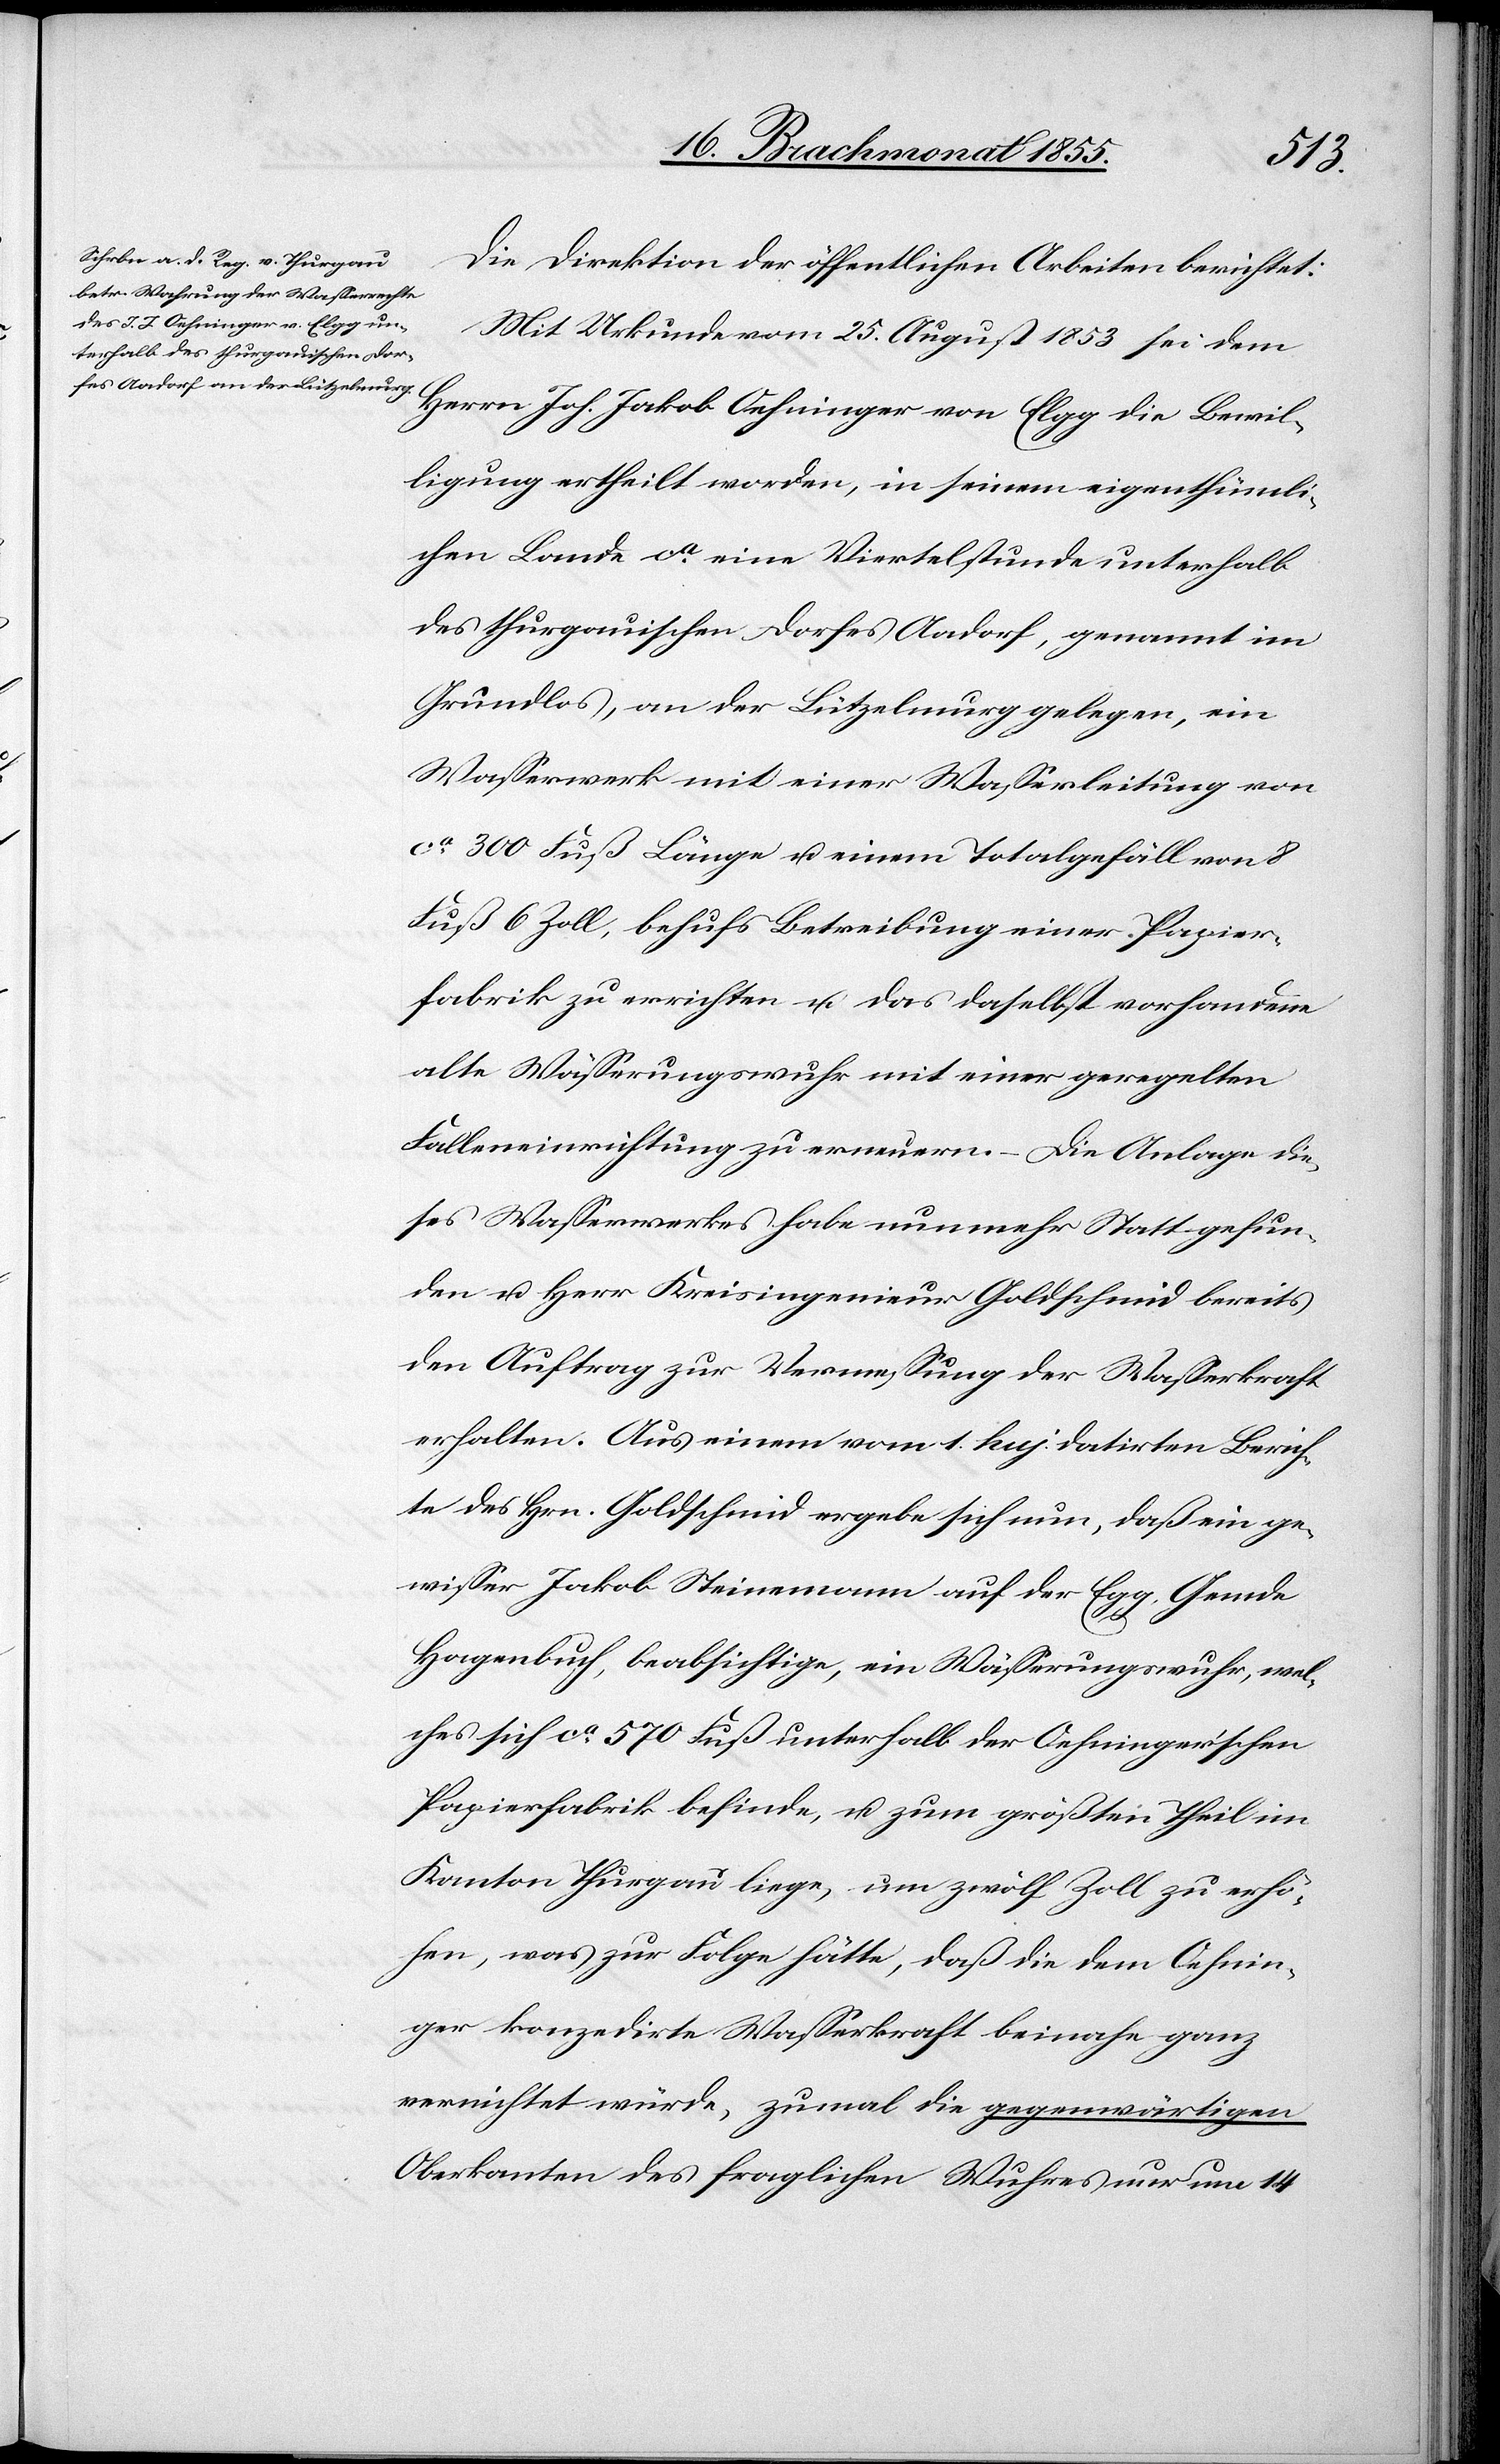
Die Direktion der öffentlichen Arbeiten berichtet:
Mit Urkunde vom 25. August 1853 sei dem
Herrn Joh. Jakob Oehninger von Elgg die Bewil¬
ligung ertheilt worden, in seinem eigenthümli¬
chen Lande ca. eine Viertelstunde unterhalb
des thurgauischen Dorfes Aadorf, genannt im
Grundlos, an der Lützelmurg gelegen, ein
Wasserwerk mit einer Wasserleitung von
ca. 300 Fuß Länge u. einem Totalgefäll von 8
Fuß 6 Zoll, behufs Betreibung einer Papier¬
fabrik zu errichten u. das daselbst vorhandene
alte Wässerungswuhr mit einer geregelten
Falleneinrichtung zu erneuern. – Die Anlage die¬
ses Wasserwerkes habe nunmehr Statt gefun¬
den u. Herr Kreisingenieur Goldschmid bereits
den Auftrag zur Vermessung der Wasserkraft
erhalten. Aus einem vom 1. huj. datirten Berich¬
te des Hrn. Goldschmid ergebe sich nun, daß ein ge¬
wisser Jakob Steinemann auf der Egg, Gemde
Hagenbuch, beabsichtige, ein Wässerungswuhr, wel¬
ches sich ca. 570 Fuß unterhalb der Oehninger’schen
Papierfabrik befinde, u. zum größten Theil im
Kanton Thurgau liege, um zwölf Zoll zu erhö¬
hen, was zur Folge hätte, daß die dem Oehnin¬
ger konzedirte Wasserkraft beinahe ganz
vernichtet würde, zumal die gegenwärtigen
Oberkanten des fraglichen Wuhres nur um 14